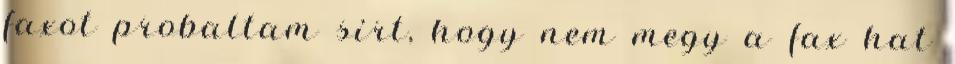
faxot probaltam sirt, hogy nem megy a fax hat